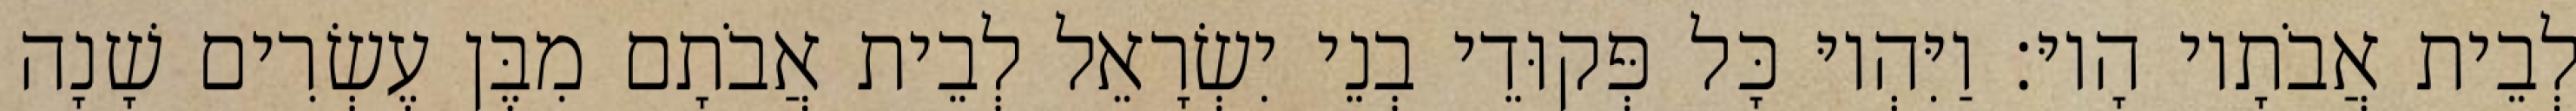
לְבֵית אֲבֹתָיו הָיוּ׃ וַיִּהְיוּ כָּל פְּקוּדֵי בְנֵי יִשְׂרָאֵל לְבֵית אֲבֹתָם מִבֶּן עֶשְׂרִים שָׁנָה